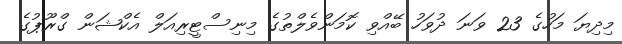
މިިދިޔަ މަހުގެ 23 ވަނަ ދުވަހު ބޭއްވި ކޮމަންވެލްތުގެ މިނިސްޓީރިއަލް އެކްޝަން ގްރޫޕުގެ